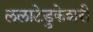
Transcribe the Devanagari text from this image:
ललाटेडुकेशरी